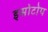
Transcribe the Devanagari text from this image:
इसोटोप